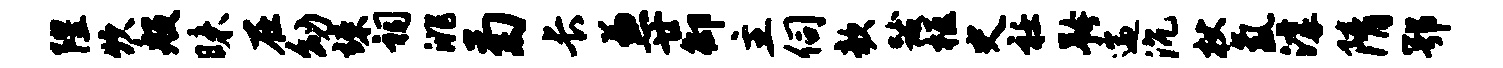
隍炊般昧在幼竦祠洮菊长兼廿御主伺欹跋柩史衽矜遄沉杖氲滹隋鄂